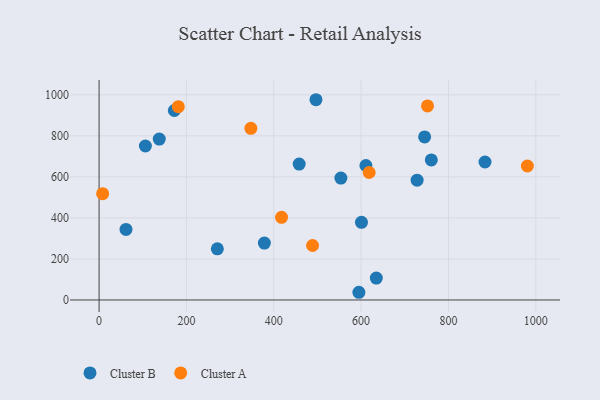
{"axis": {"x": "Speed", "y": "Rating"}, "legend": ["Cluster A", "Cluster B"], "data": [{"x": "378.5", "y": 277.4, "type": "Cluster B"}, {"x": "594.9", "y": 37.5, "type": "Cluster B"}, {"x": "106.0", "y": 750.5, "type": "Cluster B"}, {"x": "745.4", "y": 794.8, "type": "Cluster B"}, {"x": "553.7", "y": 594.2, "type": "Cluster B"}, {"x": "496.6", "y": 976.0, "type": "Cluster B"}, {"x": "600.8", "y": 378.4, "type": "Cluster B"}, {"x": "634.8", "y": 106.6, "type": "Cluster B"}, {"x": "172.3", "y": 923.4, "type": "Cluster B"}, {"x": "728.2", "y": 583.7, "type": "Cluster B"}, {"x": "61.6", "y": 344.0, "type": "Cluster B"}, {"x": "883.7", "y": 672.5, "type": "Cluster B"}, {"x": "760.7", "y": 682.4, "type": "Cluster B"}, {"x": "137.8", "y": 784.1, "type": "Cluster B"}, {"x": "270.8", "y": 249.2, "type": "Cluster B"}, {"x": "458.2", "y": 662.2, "type": "Cluster B"}, {"x": "611.0", "y": 655.5, "type": "Cluster B"}, {"x": "181.4", "y": 941.9, "type": "Cluster A"}, {"x": "618.4", "y": 621.3, "type": "Cluster A"}, {"x": "752.0", "y": 945.7, "type": "Cluster A"}, {"x": "347.5", "y": 836.4, "type": "Cluster A"}, {"x": "8.1", "y": 518.0, "type": "Cluster A"}, {"x": "488.8", "y": 265.6, "type": "Cluster A"}, {"x": "980.7", "y": 653.0, "type": "Cluster A"}, {"x": "417.8", "y": 402.6, "type": "Cluster A"}]}